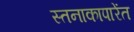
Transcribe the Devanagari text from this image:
स्तनाकापारेंत